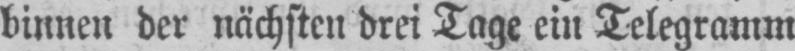
binnen der nächsten drei Tage ein Telegramm